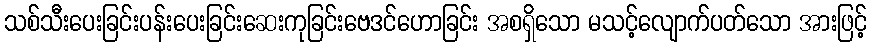
သစ်သီးပေးခြင်းပန်းပေးခြင်းဆေးကုခြင်းဗေဒင်ဟောခြင်း အစရှိသော မသင့်လျောက်ပတ်သော အားဖြင့်